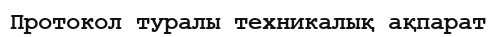
Протокол туралы техникалық ақпарат